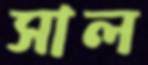
সাল